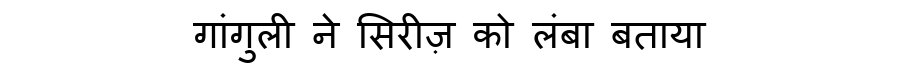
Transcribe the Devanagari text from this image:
गांगुली ने सिरीज़ को लंबा बताया